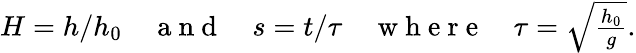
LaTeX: \begin{array}{r}{H=h/h_{0}\quad\mathrm{~a~n~d~}\quad s=t/\tau\quad\mathrm{~w~h~e~r~e~}\quad\tau=\sqrt{\frac{h_{0}}{g}}.}\end{array}